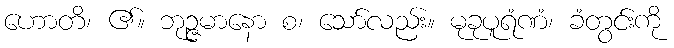
ဟောတိ၊ ၏။ ဘုဉ္ဇမာနော စ၊ သော်လည်း။ မုခုပူရံဏံ၊ ခံတွင်းကို